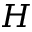
H